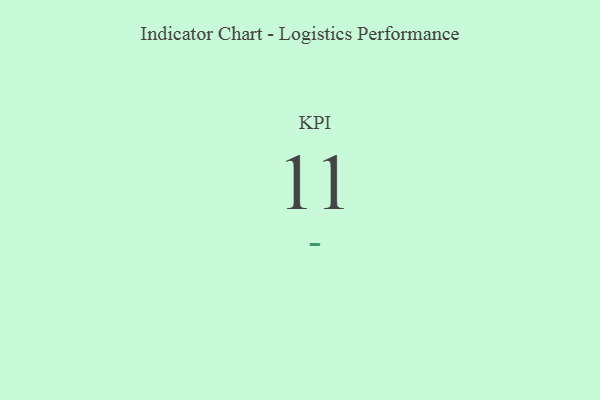
{"axis": {"x": "KPI", "y": "Value"}, "legend": [""], "data": [{"x": "KPI", "y": 11, "type": ""}]}